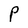
Character: P